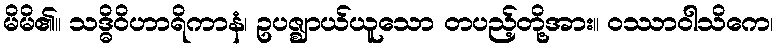
မိမိ၏။ သဒ္ဓိဝိဟာရိကာနံ၊ ဥပဇ္ဈာယ်ယူသော တပည့်တို့အား။ ဝဿာဝါသိကေ၊